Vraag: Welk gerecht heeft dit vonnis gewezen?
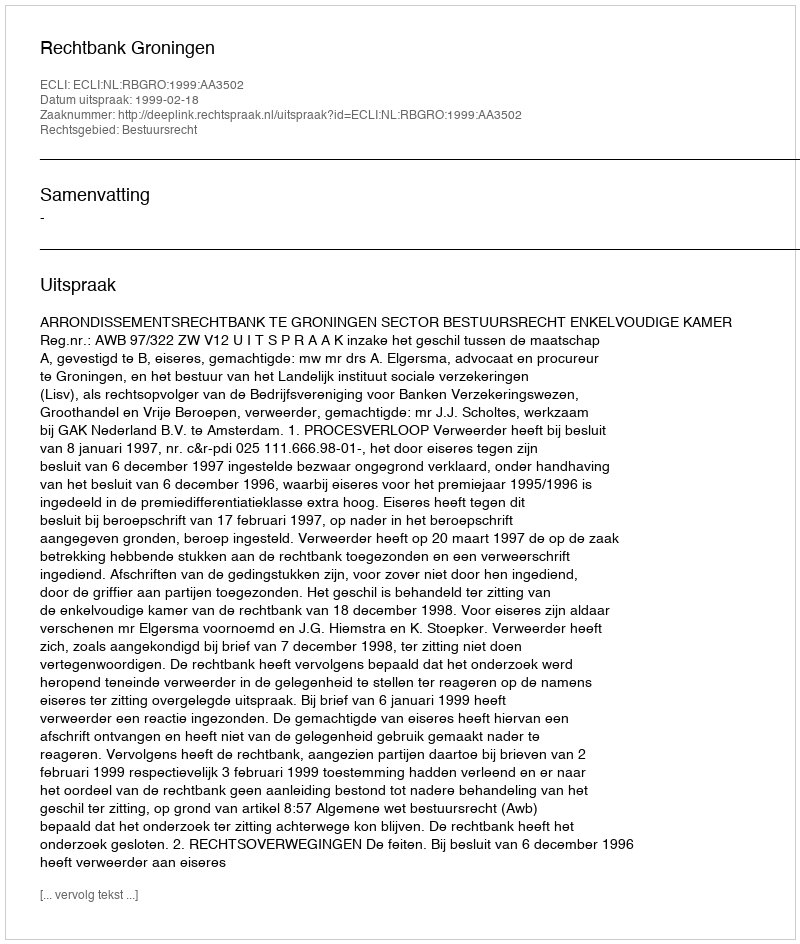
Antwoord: Rechtbank Groningen